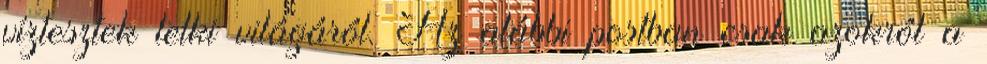
víztesztek lelki világáról. Az alábbi postban csak azokról a